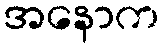
အနောက